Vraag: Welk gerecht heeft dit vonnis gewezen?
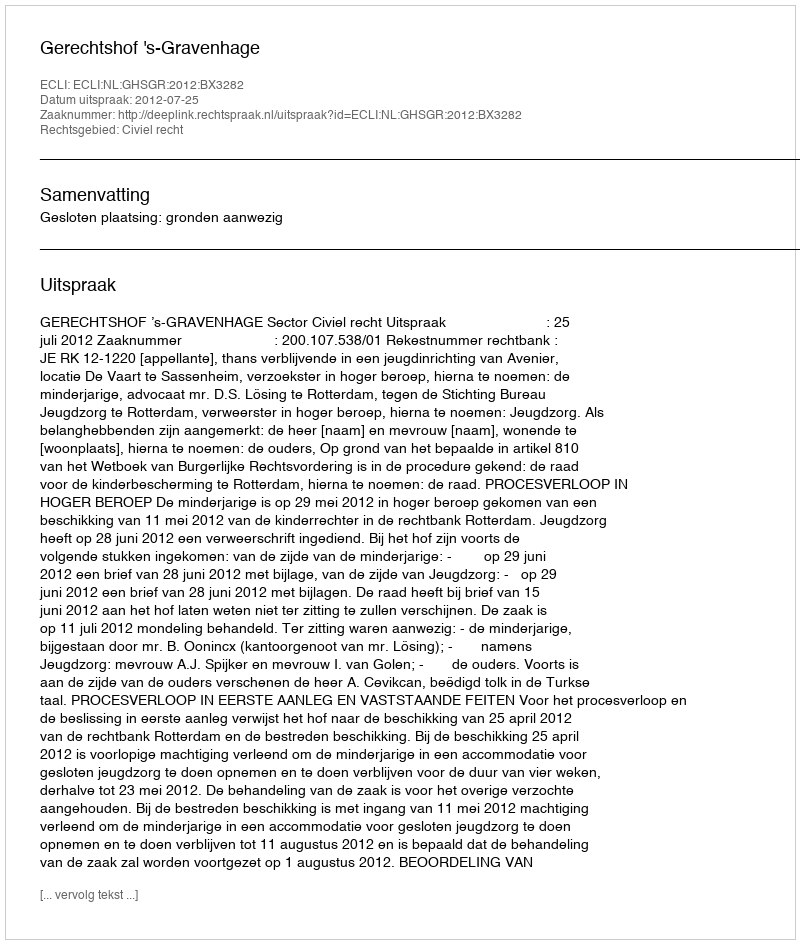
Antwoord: Gerechtshof 's-Gravenhage